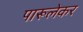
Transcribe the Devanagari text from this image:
पारूलेकर